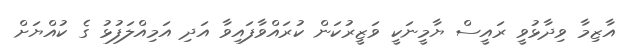
އާޒިމާ ވިދާޅުވީ ރައީސް ޔާމީނަކީ ވަޒީރުކަން ކުރައްވާފައިވާ އަދި އަމިއްލަފުޅު ގެ ކުއްޔަށް